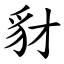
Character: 豺